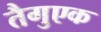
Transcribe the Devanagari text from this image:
तैगुएक